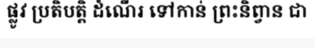
ផ្លូវ ប្រតិបត្តិ ដំណើរ ទៅកាន់ ព្រះនិព្វាន ជា